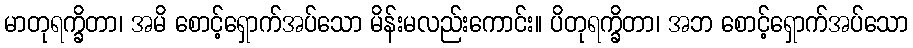
မာတုရက္ခိတာ၊ အမိ စောင့်ရှောက်အပ်သော မိန်းမလည်းကောင်း။ ပိတုရက္ခိတာ၊ အဘ စောင့်ရှောက်အပ်သော